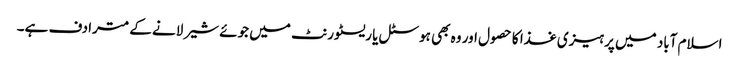
اسلام آباد میں پرہیزی غذا کا حصول اور وہ بھی ہوسٹل یا ریسٹورنٹ میں جوئے شیر لانے کے مترادف ہے۔